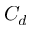
C _ { d }